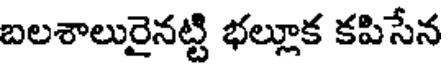
బలశాలురైనట్టి భల్లూక కపిసేన